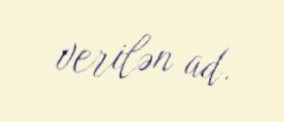
verilən ad.